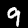
Digit: 9